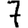
Digit: 7